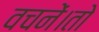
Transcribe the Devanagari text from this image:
वचनें।तो